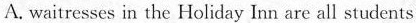
A.waitresses in the Holiday Inn are all students